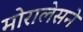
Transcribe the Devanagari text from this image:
मोरालेसने